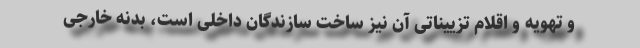
و تهویه و اقلام تزییناتی آن نیز ساخت سازندگان داخلی است، بدنه خارجی